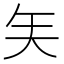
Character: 𰦒